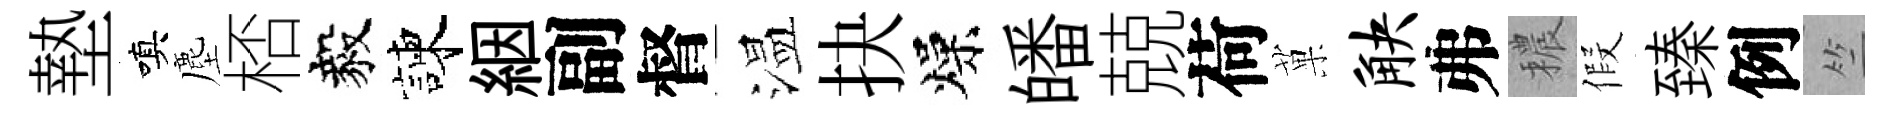
墊嗔塵桮毅諫絪副督温抉燥皤兢荷菓觖弗穠假臻例竺